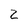
Character: 2